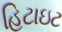
હિટાઇટ